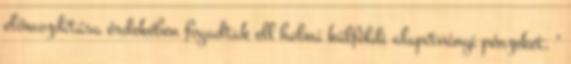
előmozdítása érdekében fogadtak ell holmi külföldi alapítványi pénzeket. "